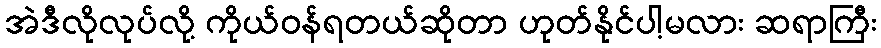
အဲဒီလိုလုပ်လို့ ကိုယ်ဝန်ရတယ်ဆိုတာ ဟုတ်နိုင်ပါ့မလား ဆရာကြီး